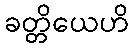
ခတ္တိယေဟိ